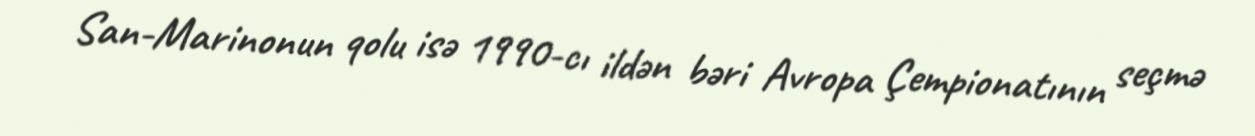
San-Marinonun qolu isə 1990-cı ildən bəri Avropa Çempionatının seçmə